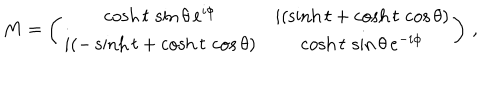
M = \left( \begin{array} { c c } { { \cosh t \, \sin \theta \, e ^ { i \phi } } } & { { i ( \sinh t + \cosh t \, \cos \theta ) } } \\ { { i ( - \sinh t + \cosh t \, \cos \theta ) } } & { { \cosh t \, \sin \theta \, e ^ { - i \phi } } } \\ \end{array} \right) \, ,